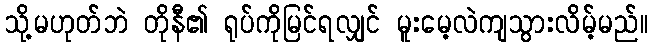
သို့မဟုတ်ဘဲ တိုနီ၏ ရုပ်ကိုမြင်ရလျှင် မူးမေ့လဲကျသွားလိမ့်မည်။